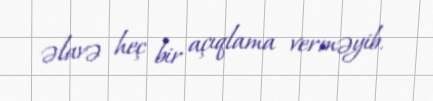
əlavə heç bir açıqlama verməyib.